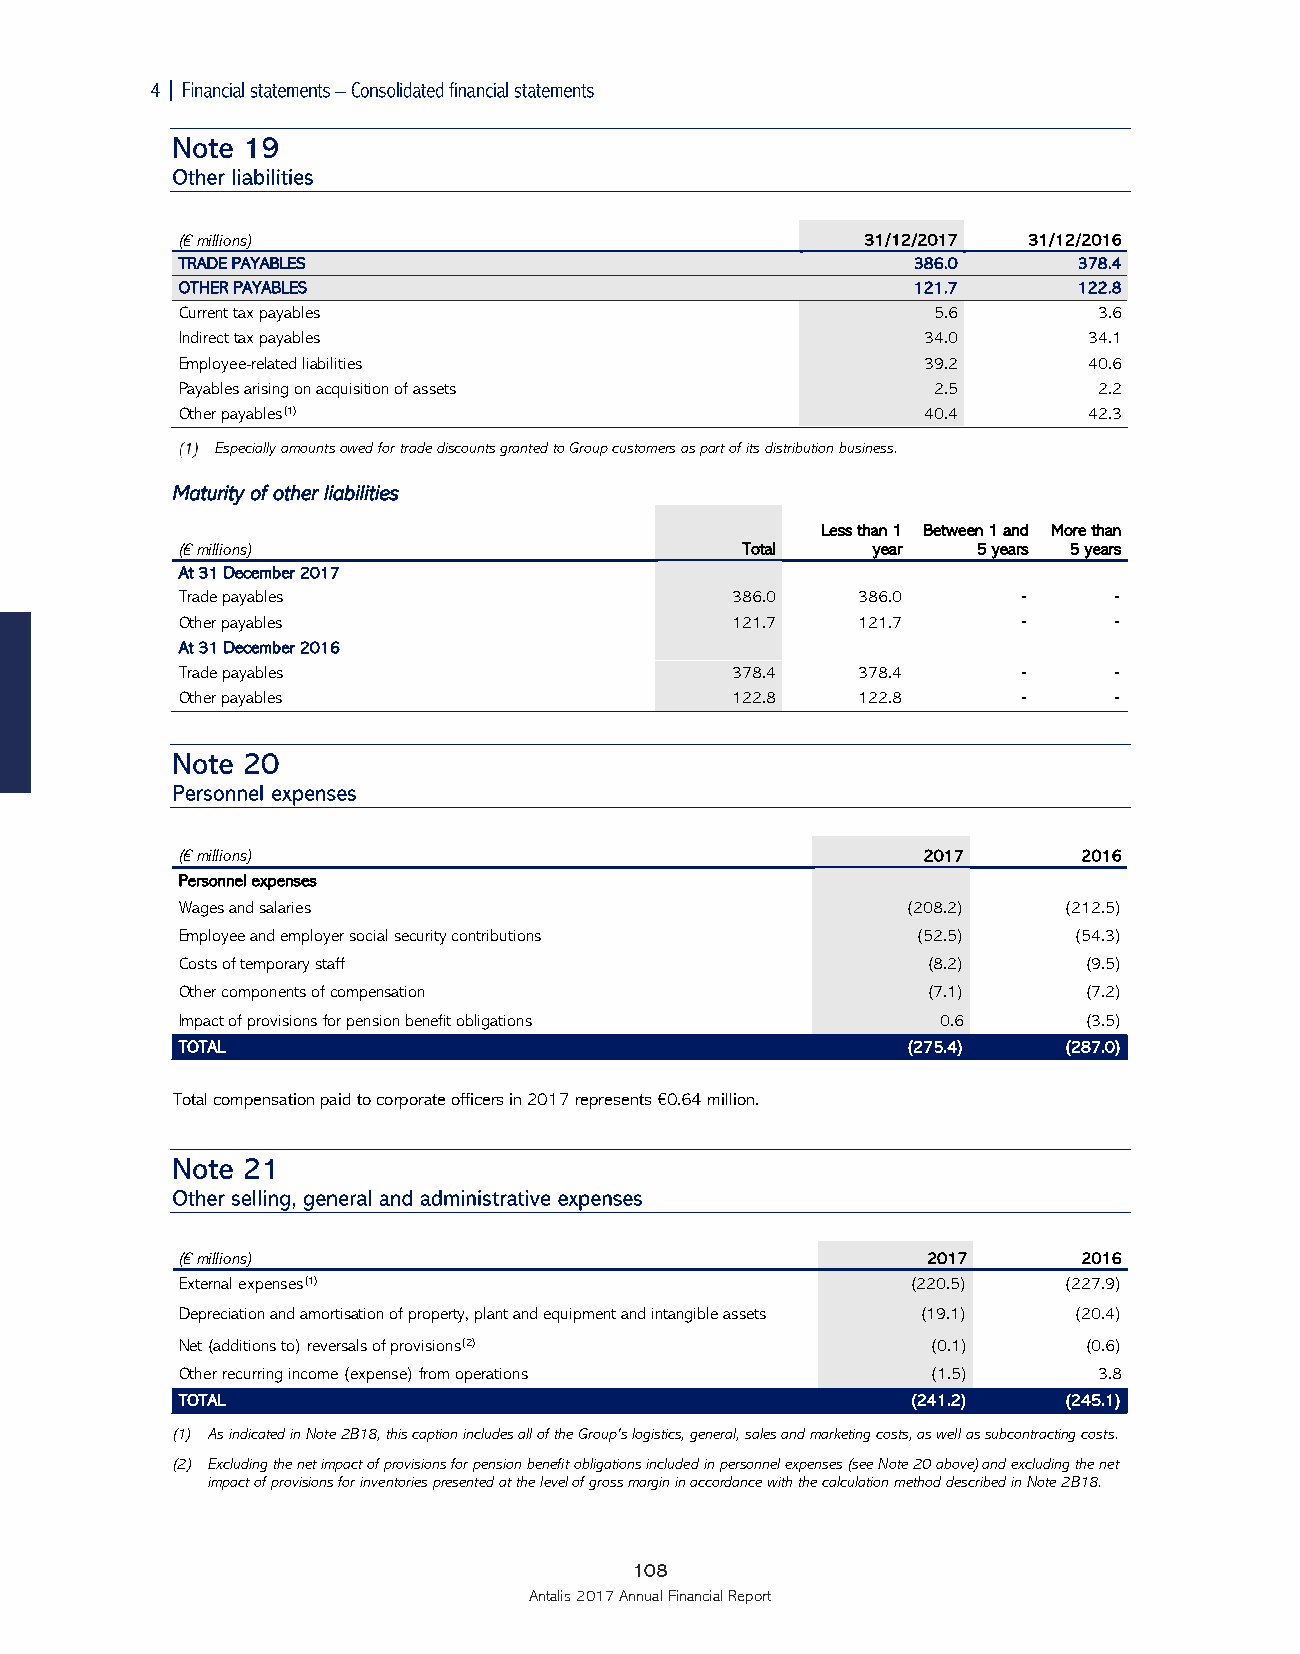

 (€ millions)                                 31/12/2017 31/12/2016
 TRADE PAYABLES                                  386.0      378.4
 OTHER PAYABLES                                  121.7      122.8
 Current tax payables                              5.6        3.6
 Indirect tax payables                            34.0       34.1
 Employee-related liabilities                     39.2       40.6
 Payables arising on acquisition of assets         2.5        2.2
 Other payables(1)                                40.4       42.3
 Especially amounts owed for trade discounts granted to Group customers as part of its distribution business.
 Maturity of other liabilities
 Less than 1 Between 1 and More than
 (€ millions)                         Total    year   5 years 5 years
 At 31 December 2017
 Trade payables                      386.0    386.0      ‑     ‑
 Other payables                      121.7    121.7      ‑     ‑
 At 31 December 2016
 Trade payables                      378.4    378.4      ‑     ‑
 Other payables                      122.8    122.8      ‑     ‑
 (€ millions)                                     2017       2016
 Personnel expenses
 Wages and salaries                              (208.2)   (212.5)
 Employee and employer social security contributions (52.5) (54.3)
 Costs of temporary staff                         (8.2)      (9.5)
 Other components of compensation                 (7.1)      (7.2)
 Impact of provisions for pension benefit obligations 0.6    (3.5)
 TOTAL                                           (275.4)   (287.0)
 Total compensation paid to corporate officers in 2017 represents €0.64 million.
 (€ millions)                                     2017       2016
 External expenses(1)                            (220.5)   (227.9)
 Depreciation and amortisation of property, plant and equipment and intangible assets (19.1) (20.4)
 Net (additions to) reversals of provisions(2)     (0.1)     (0.6)
 Other recurring income (expense) from operations  (1.5)      3.8
 TOTAL                                           (241.2)   (245.1)
 (1) As indicated in Note 2B18, this caption includes all of the Group’s logistics, general, sales and marketing costs, as well as subcontracting costs.
 (2) Excluding the net impact of provisions for pension benefit obligations included in personnel expenses (see Note 20 above) and excluding the net
 impact of provisions for inventories presented at the level of gross margin in accordance with the calculation method described in Note 2B18.
 108
 Antalis 2017 Annual Financial Report